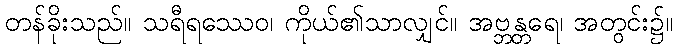
တန်ခိုးသည်။ သရီရဿေဝ၊ ကိုယ်၏သာလျှင်။ အဗ္ဘန္တရေ၊ အတွင်း၌။